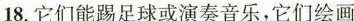
18.它们能骂足球或演奏音乐，它们绘画